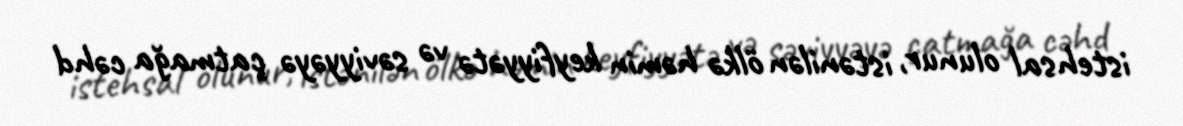
istehsal olunur, istənilən ölkə həmin keyfiyyətə və səviyyəyə çatmağa cəhd